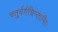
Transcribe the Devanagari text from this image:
चतुर्वर्गचिन्तामािः